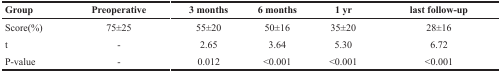
<table><thead><tr><td><b>Group</b></td><td><b>Preoperative</b></td><td><b>3 months</b></td><td><b>6 months</b></td><td><b>1 yr</b></td><td><b>last follow-up</b></td></tr></thead><tbody><tr><td>Score(%)</td><td>75±25</td><td>55±20</td><td>50±16</td><td>35±20</td><td>28±16</td></tr><tr><td>t</td><td>-</td><td>2.65</td><td>3.64</td><td>5.30</td><td>6.72</td></tr><tr><td>P-value</td><td>-</td><td>0.012</td><td>&lt;0.001</td><td>&lt;0.001</td><td>&lt;0.001</td></tr></tbody></table>